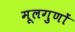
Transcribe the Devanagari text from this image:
मूलगुणों